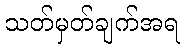
သတ်မှတ်ချက်အရ